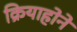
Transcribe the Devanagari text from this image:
क्रियाहोने